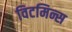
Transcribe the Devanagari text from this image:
विटमिन्स